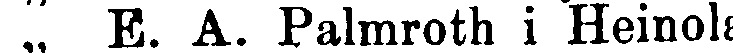
„ E. A. Palmroth i Heinola.